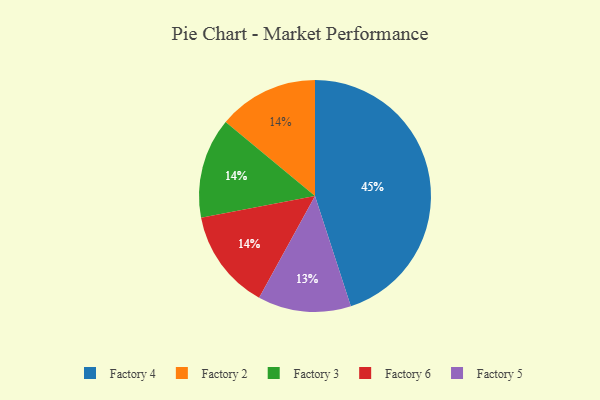
{"axis": {"x": "Category", "y": "Percentage"}, "legend": ["Factory 2", "Factory 3", "Factory 4", "Factory 5", "Factory 6"], "data": [{"x": "Factory 2", "y": 14, "type": "Factory 2"}, {"x": "Factory 4", "y": 45, "type": "Factory 4"}, {"x": "Factory 5", "y": 13, "type": "Factory 5"}, {"x": "Factory 3", "y": 14, "type": "Factory 3"}, {"x": "Factory 6", "y": 14, "type": "Factory 6"}]}